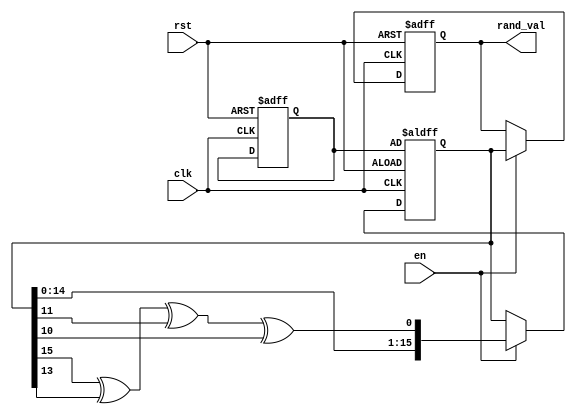
module RandomInitialization (
    input wire clk,          // Clock signal
    input wire rst,          // Asynchronous reset signal
    input wire en,           // Enable signal for random generation
    output reg [15:0] rand_val // Random value output (16-bit)
);

    reg [15:0] seed;         // Seed for the random number generator
    reg [15:0] random_state; // State variable for random number generation

    // Pseudo-random number generation using LFSR
    function [15:0] lfsr;
        input [15:0] state;
        begin
            lfsr = {state[14:0], state[15] ^ state[13] ^ state[11] ^ state[10]};
        end
    endfunction

    // Asynchronous reset and state initialization
    always @(posedge clk or posedge rst) begin
        if (rst) begin
            rand_val <= 16'h0000; // Reset output to zero
            seed <= 16'h1;        // Initialize seed
            random_state <= seed; // Set initial state
        end else if (en) begin
            random_state <= lfsr(random_state); // Generate new random state
            rand_val <= random_state;           // Output the random value
        end
    end

endmodule